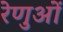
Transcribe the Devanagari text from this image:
रेणुओं